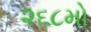
૨૬૮મો